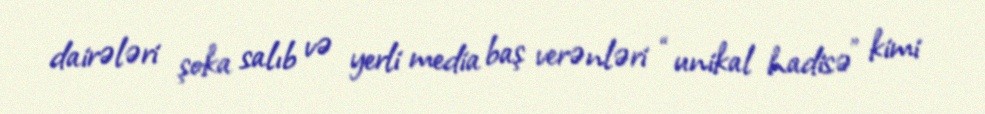
dairələri şoka salıb və yerli media baş verənləri “unikal hadisə” kimi